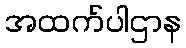
အထက်ပါဌာန